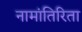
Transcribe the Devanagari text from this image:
नामांतिरिता